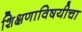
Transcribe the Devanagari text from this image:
शिक्षणाविषयीचा